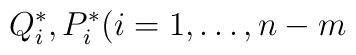
Q^{\ast}_i, P^{\ast}_i(i = 1, \dots , n-m